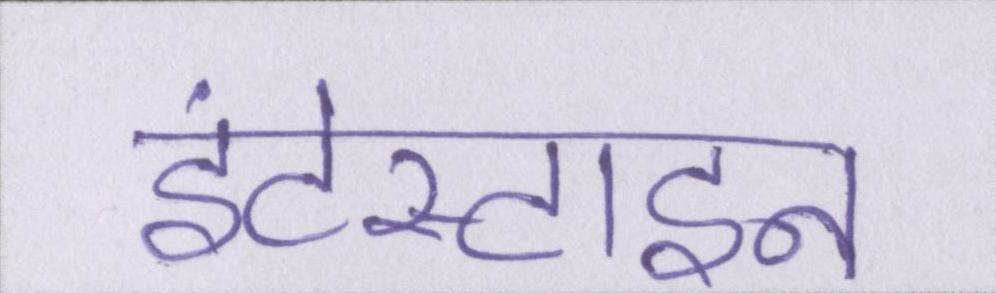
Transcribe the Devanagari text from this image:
इंटेस्टाइन